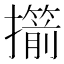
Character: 擶